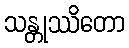
သန္တုဿိတော